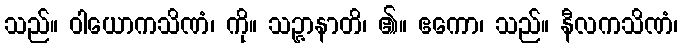
သည်။ ဝါယောကသိဏံ၊ ကို။ သဉ္ဇာနာတိ၊ ၏။ ဧကော၊ သည်။ နီလကသိဏံ၊